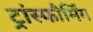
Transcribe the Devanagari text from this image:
ट्रांस्फौर्मिंग